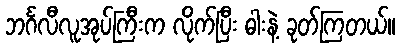
ဘင်္ဂလီလူအုပ်ကြီးက လိုက်ပြီး ဓါးနဲ့ ခုတ်ကြတယ်။